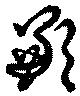
歉